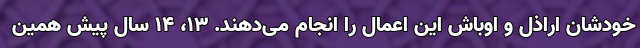
خودشان اراذل و اوباش این اعمال را انجام می‌دهند. ‌13، 14 سال پیش همین